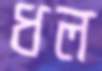
ধল